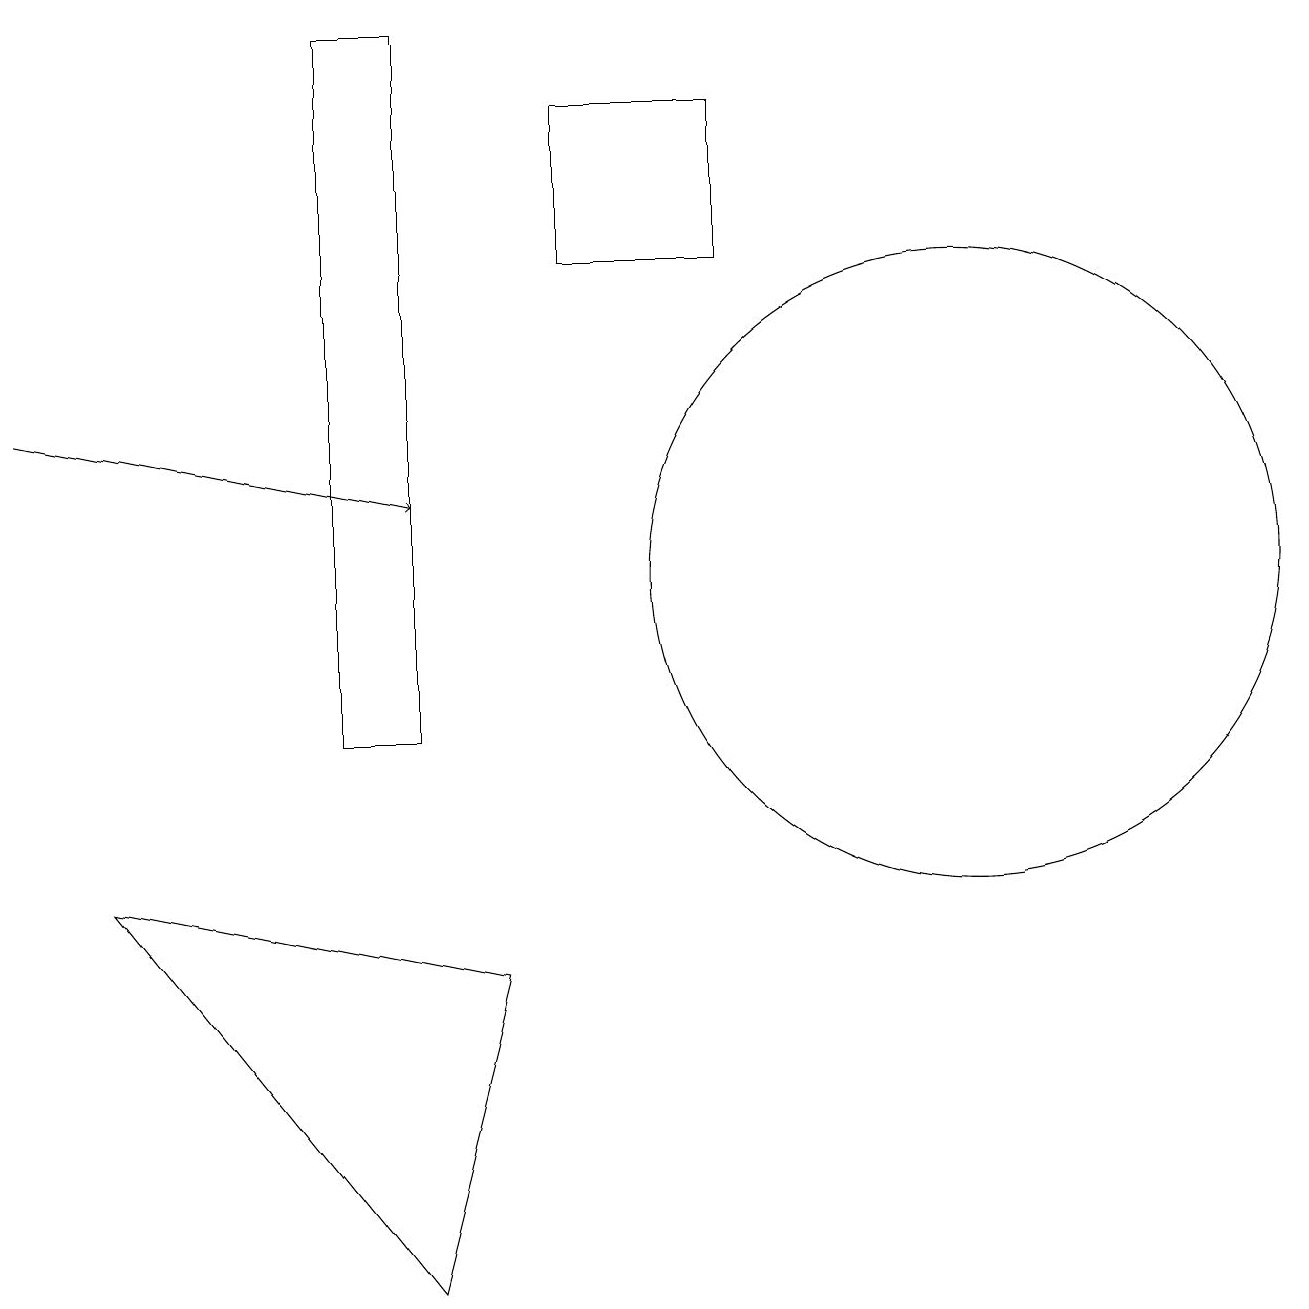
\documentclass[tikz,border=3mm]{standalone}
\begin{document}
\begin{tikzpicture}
\draw[->] (0,14) -- (5,13);
\draw (12,12) circle (4);
\draw (4,10) rectangle (5,19);
\draw (5,3) -- (1,8) -- (6,7) -- cycle;
\draw (7,16) rectangle (9,18);
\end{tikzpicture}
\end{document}